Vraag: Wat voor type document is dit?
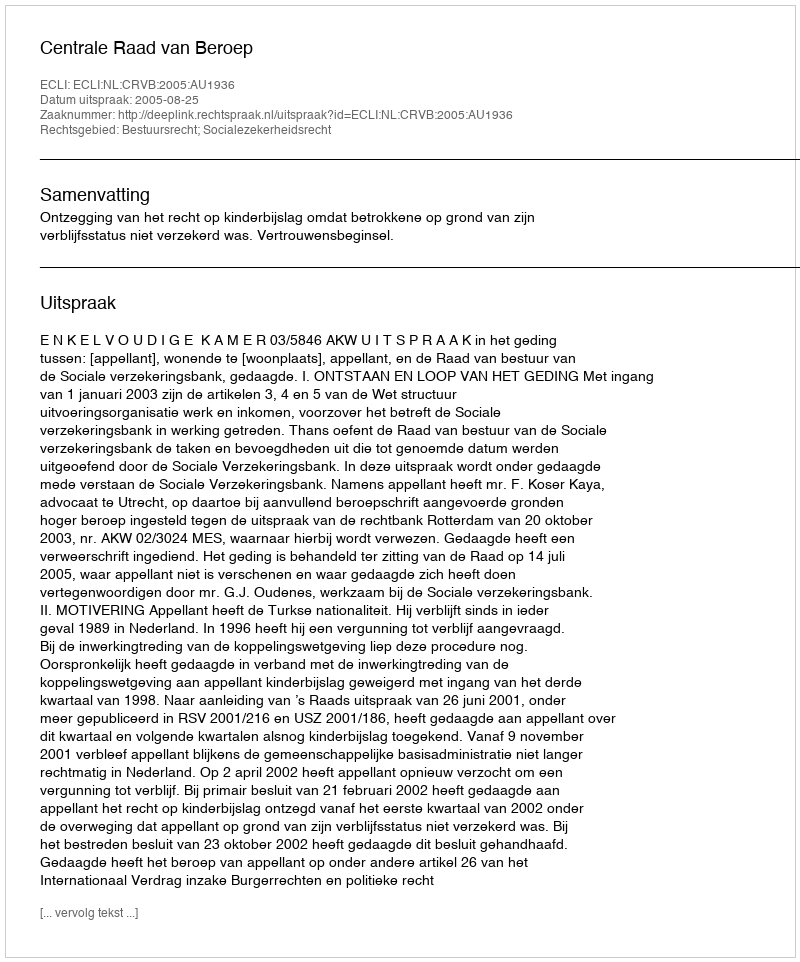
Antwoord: Uitspraak